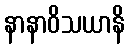
နာနာဝိသယာနိ